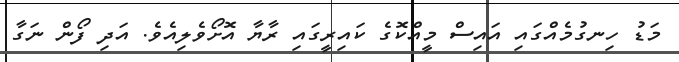
މަޑު ހިނގުމެއްގައި އައިސް މީއްކޮގެ ކައިރީގައި ރާޔާ އޮށޯވެލިއެވެ. އަދި ފޯން ނަގާ